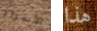
الأسرار هذا